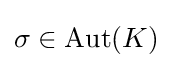
\sigma \in \operatorname {Aut} (K)